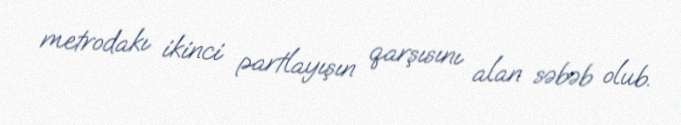
metrodakı ikinci partlayışın qarşısını alan səbəb olub.